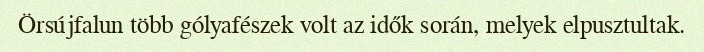
Örsújfalun több gólyafészek volt az idők során, melyek elpusztultak.